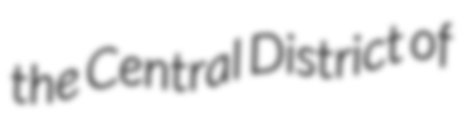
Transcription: the Central District of